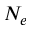
N _ { e }